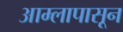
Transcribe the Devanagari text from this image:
आम्लापासून